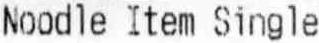
NOODLE ITEM SINGLE